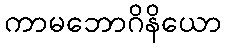
ကာမဘောဂိနိယော